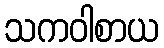
သကဝါစာယ